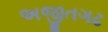
અજીતગઢ